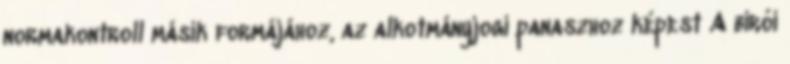
normakontroll másik formájához, az alkotmányjogi panaszhoz képest A bírói